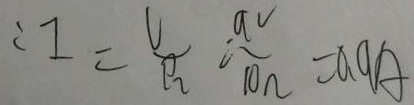
: I = \frac { U } { \rho _ { 2 } } = \frac { a v } { 1 0 n } = 0 . 9 A